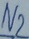
Text: N2